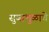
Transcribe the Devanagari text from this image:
सुबाभुळाचे